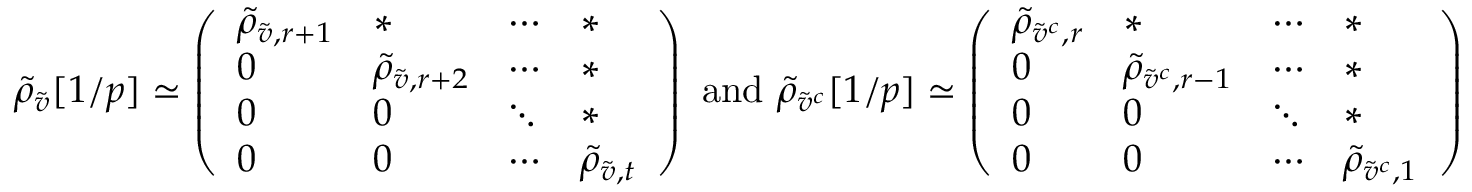
\tilde { \rho } _ { \tilde { v } } [ 1 / p ] \simeq \left( \begin{array} { l l l l } { \tilde { \rho } _ { \tilde { v } , r + 1 } } & { * } & { \cdots } & { * } \\ { 0 } & { \tilde { \rho } _ { \tilde { v } , r + 2 } } & { \cdots } & { * } \\ { 0 } & { 0 } & { \ddots } & { * } \\ { 0 } & { 0 } & { \cdots } & { \tilde { \rho } _ { \tilde { v } , t } } \end{array} \right) \mathrm { ~ a n d ~ } \tilde { \rho } _ { \tilde { v } ^ { c } } [ 1 / p ] \simeq \left( \begin{array} { l l l l } { \tilde { \rho } _ { \tilde { v } ^ { c } , r } } & { * } & { \cdots } & { * } \\ { 0 } & { \tilde { \rho } _ { \tilde { v } ^ { c } , r - 1 } } & { \cdots } & { * } \\ { 0 } & { 0 } & { \ddots } & { * } \\ { 0 } & { 0 } & { \cdots } & { \tilde { \rho } _ { \tilde { v } ^ { c } , 1 } } \end{array} \right)